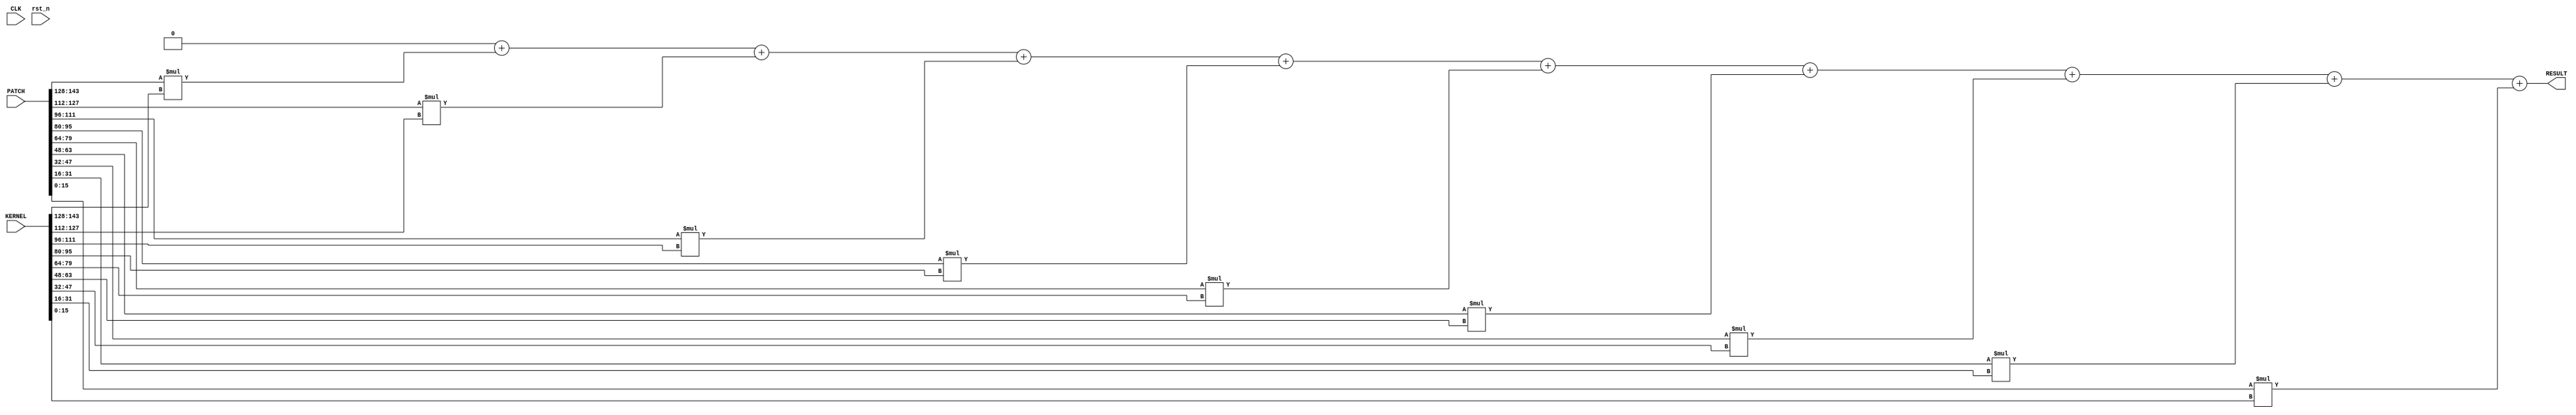
`timescale 1ns / 1ps
//////////////////////////////////////////////////////////////////////////////////
// Company: 
// Engineer: 
// 
// Design Name: 
// Module Name:    conv 
// Project Name: 
// Target Devices: 
// Tool versions: 
// Description: 
//
// Dependencies: 
//
// Revision: 
// Revision 0.01 - File Created
// Additional Comments: 
//
//////////////////////////////////////////////////////////////////////////////////
module conv_3_3
(
    CLK,
	 rst_n,
	 PATCH,
	 KERNEL,
	 RESULT
    );
    input CLK;
    input rst_n;
    input  wire [9*16-1:0] PATCH;
    input  wire [9*16-1:0] KERNEL;
    output wire [15:0] RESULT;

    reg [15:0] reg_output;
    assign RESULT = reg_output;

    reg [15:0] PIXELS [8:0];
    reg [15:0] KERNEL_WEIGHT [8:0];
    reg [15:0] TEMP_RES [8:0];
	 always @(*) begin 
	     {PIXELS[0],PIXELS[1],PIXELS[2],PIXELS[3],PIXELS[4],PIXELS[5],PIXELS[6],PIXELS[7],PIXELS[8]}<=PATCH;
	     {KERNEL_WEIGHT[0],KERNEL_WEIGHT[1],KERNEL_WEIGHT[2],KERNEL_WEIGHT[3],KERNEL_WEIGHT[4],KERNEL_WEIGHT[5],KERNEL_WEIGHT[6],KERNEL_WEIGHT[7],KERNEL_WEIGHT[8]}<=KERNEL;
	 end
	 
	 always @(*) begin 
	     TEMP_RES[0] = PIXELS[0]*KERNEL_WEIGHT[0];
	     TEMP_RES[1] = PIXELS[1]*KERNEL_WEIGHT[1];
	     TEMP_RES[2] = PIXELS[2]*KERNEL_WEIGHT[2];
	     TEMP_RES[3] = PIXELS[3]*KERNEL_WEIGHT[3];
	     TEMP_RES[4] = PIXELS[4]*KERNEL_WEIGHT[4];
	     TEMP_RES[5] = PIXELS[5]*KERNEL_WEIGHT[5];
	     TEMP_RES[6] = PIXELS[6]*KERNEL_WEIGHT[6];
	     TEMP_RES[7] = PIXELS[7]*KERNEL_WEIGHT[7];
	     TEMP_RES[8] = PIXELS[8]*KERNEL_WEIGHT[8];
	 end
	 integer i;
	 always @(*) begin 
        reg_output = 0;
        for(i=0; i < 9; i=i+1)
            reg_output = reg_output + TEMP_RES[i];
	 end

endmodule